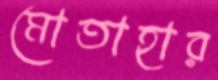
মোতাহার